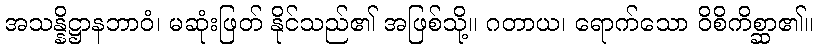
အသန္နိဋ္ဌာနဘာဝံ၊ မဆုံးဖြတ် နိုင်သည်၏ အဖြစ်သို့။ ဂတာယ၊ ရောက်သော ဝိစိကိစ္ဆာ၏။